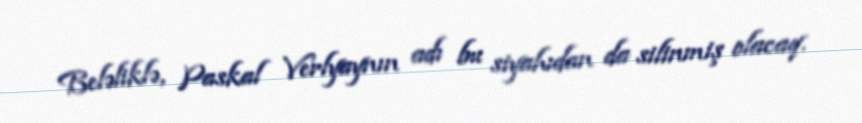
Beləliklə, Paskal Verlyaynın adı bu siyahıdan da silinmiş olacaq.